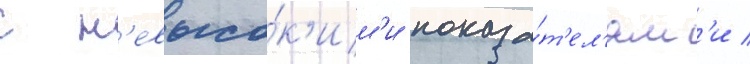
с н'евысо́к'им'и показа́т'ел'ям'и /